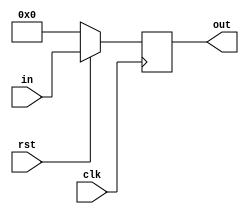
`timescale 1ns / 1ps
//////////////////////////////////////////////////////////////////////////////////
// Company: CMPEN 331
// 
// Design Name: 
// Module Name: PC
// Project Name: 
// Target Devices: 
// Tool Versions: 
// Description: 
// 
// Dependencies: 
// 
// Revision:
// Revision 0.01 - File Created
// Additional Comments:
// 
//////////////////////////////////////////////////////////////////////////////////


module PC(in, out, clk, rst);

input [31:0] in;
input clk, rst;
output reg [31:0] out;

always @(posedge clk)
begin
    if (!rst)
        out = 0;
    else
        out = in;
end
endmodule